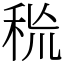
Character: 𥞙